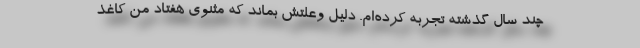
چند سال گذشته تجربه کرده‌ام. دلیل وعلتش بماند که مثنوی هفتاد من کاغذ